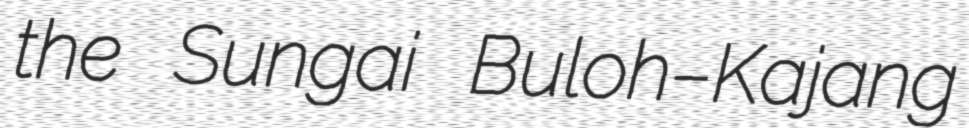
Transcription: the Sungai Buloh–Kajang